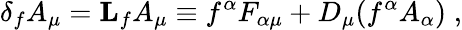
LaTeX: \delta_{f}A_{\mu}={\mathbf L}_{f}A_{\mu}\equiv f^{\alpha}F_{\alpha\mu}+D_{\mu}(f^{\alpha}A_{\alpha})\; ,